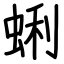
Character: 蜊